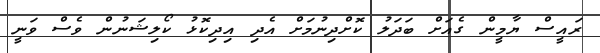
ރައީސް ޔާމީން ގެއަށް ބަދަލު ކޮށްދިނުމަށް އެދި އިދިކޮޅު ކޯލިޝަނުން ވެސް ވަނީ